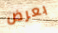
بعرض